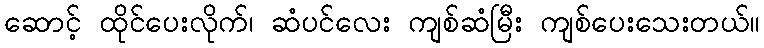
ဆောင့် ထိုင်ပေးလိုက်၊ ဆံပင်လေး ကျစ်ဆံမြီး ကျစ်ပေးသေးတယ်။